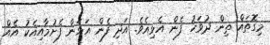
މިގޮތައް ތިން ދުވަހު ފެން އެޅިއެވެ. އަދި ފެން އަޅަން ފެށުމާއިއެކު އެއް